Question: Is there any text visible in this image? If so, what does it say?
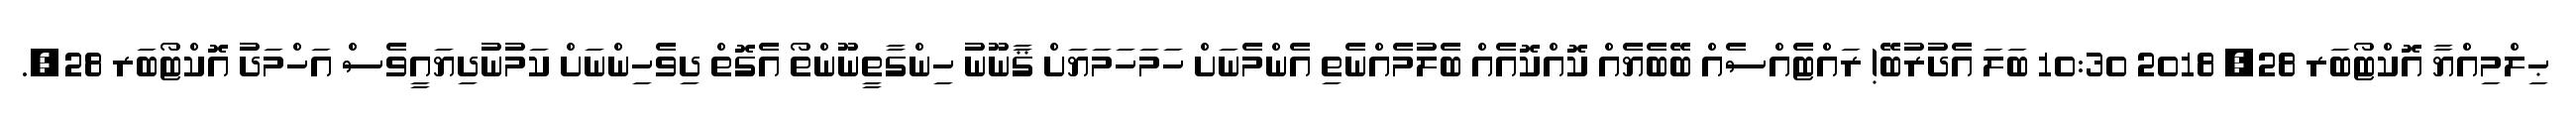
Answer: ޙިލްމިއްޔާ އޮކްޓޯބަރ 28, 2018 10:30 ބަލަ އެދުރުބޭ! ރައްޓެއްސެއް ބޭބެޔެއް ކޮއްކޮއެއް ބެލުމެއްނެތި އެންމެނަށް ހަމަހަމަޔަށް ޤާނޫނު ހިންގާތީނޫންތޯ އެގޮތް ދިވެހިންނަށް ކަމުނުދިޔައީވެސް އަހްމަދު އޮކްޓޯބަރ 28,.